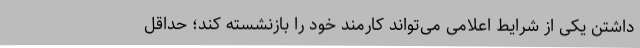
داشتن یکی از شرایط اعلامی می‌تواند کارمند خود را بازنشسته کند؛ حداقل